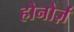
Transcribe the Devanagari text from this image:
होनोर्ज़